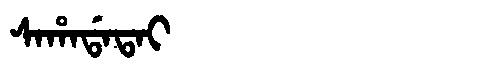
Manchu: ᠰᠠᡥᠠᡩᠠᡨᠠᡳ
Romanization: SAHADATAI